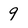
Character: 9